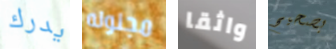
يدرك مجنونه واثقا بصحيح